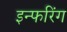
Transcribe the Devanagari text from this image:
इन्फरिंग